Annual returns of the Patna Lunatic Asylum at Bankipore in Bihar and Orissa - 1912-1924
Year: 1912
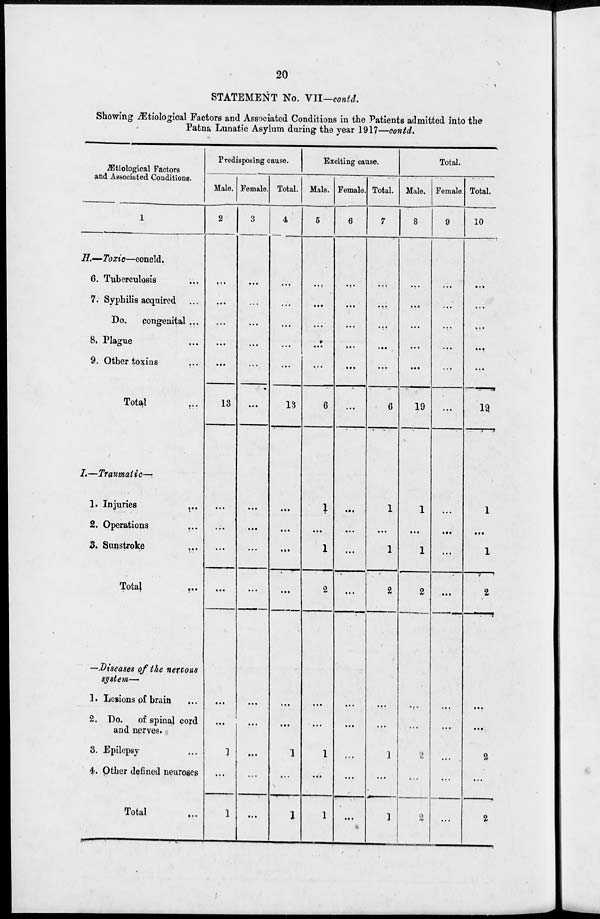
20
STATEMENT No. VII—contd.
Showing Ætiological Factors and Associated Conditions in the Patients admitted into the
Patna Lunatic Asylum during the year 1917—contd.
Ætiological Factors
and Associated Conditions.
1
H.—Toxic—concld.
6. Tuberculosis ...
7. Syphilis acquired ...
Do.
congenital ...
8. Plague ...
9. Other toxins
...
Total ...
I.—Traumatic—
1. Injuries ...
2. Operations ...
3. Sunstroke ...
Total ...
—Diseases of the nervous
system—
1. Lesions of brain ...
2. Do. of spinal cord
and nerves.
3. Epilepsy ...
4. Other defined neuroses
Total ...
Predisposing cause.
Male.
2
...
...
...
...
...
13
...
...
...
...
...
...
1
...
1
Female.
3
...
...
...
...
...
...
...
...
...
...
...
...
...
...
...
Total.
4
...
...
...
...
...
13
...
...
...
...
...
...
1
...
1
Exciting cause.
Male.
5
...
...
...
...
...
6
1
...
1
2
...
...
1
...
1
Female.
6
...
...
...
...
...
...
...
...
...
...
...
...
...
...
...
Total.
7
...
...
...
...
...
6
1
...
1
2
...
...
1
...
1
Total.
Male.
8
...
...
...
...
...
19
1
...
1
2
...
...
2
...
2
Female.
9
...
...
...
...
...
...
...
...
...
...
...
...
...
...
...
Total.
10
...
...
...
...
...
19
1
...
1
2
...
...
2
...
2